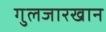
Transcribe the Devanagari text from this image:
गुलजारखान